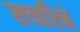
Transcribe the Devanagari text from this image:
सच्चरिने